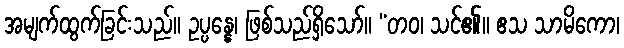
အမျက်ထွက်ခြင်းသည်။ ဥပ္ပန္နေ၊ ဖြစ်သည်ရှိသော်။ “တဝ၊ သင်၏။ ဧသ သာမိကော၊